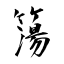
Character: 簜